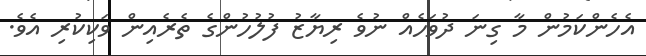
އެހެންކަމުން މާ ގިނަ ދުވަހެއް ނުވެ ރިޔާޒު ފުލުހުންގެ ތެރެއިން ވަކިކުރި އެވެ.